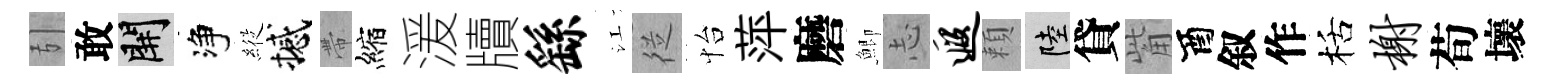
引敢開净𦂵撼帶縮湲牘繇江従怡萍磨鯽𢖽遐頼陸貸觜酉叙作栝榭荀壞